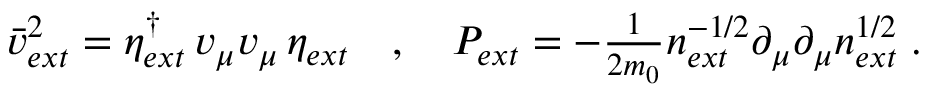
\begin{array} { r } { \bar { v } _ { e x t } ^ { 2 } = \eta _ { e x t } ^ { \dagger } \, v _ { \mu } v _ { \mu } \, \eta _ { e x t } \quad , \quad P _ { e x t } = - \frac { 1 } { 2 m _ { 0 } } n _ { e x t } ^ { - 1 / 2 } \partial _ { \mu } \partial _ { \mu } n _ { e x t } ^ { 1 / 2 } \; . } \end{array}